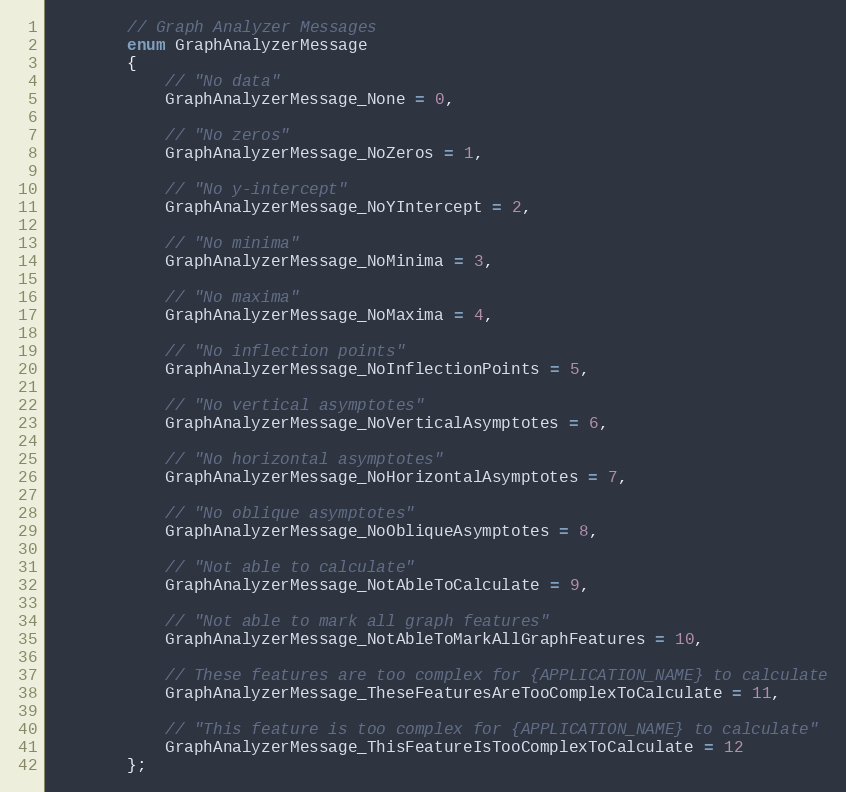
Language: C
        // Graph Analyzer Messages
        enum GraphAnalyzerMessage
        {
            // "No data"
            GraphAnalyzerMessage_None = 0,

            // "No zeros"
            GraphAnalyzerMessage_NoZeros = 1,

            // "No y-intercept"
            GraphAnalyzerMessage_NoYIntercept = 2,

            // "No minima"
            GraphAnalyzerMessage_NoMinima = 3,

            // "No maxima"
            GraphAnalyzerMessage_NoMaxima = 4,

            // "No inflection points"
            GraphAnalyzerMessage_NoInflectionPoints = 5,

            // "No vertical asymptotes"
            GraphAnalyzerMessage_NoVerticalAsymptotes = 6,

            // "No horizontal asymptotes"
            GraphAnalyzerMessage_NoHorizontalAsymptotes = 7,

            // "No oblique asymptotes"
            GraphAnalyzerMessage_NoObliqueAsymptotes = 8,

            // "Not able to calculate"
            GraphAnalyzerMessage_NotAbleToCalculate = 9,

            // "Not able to mark all graph features"
            GraphAnalyzerMessage_NotAbleToMarkAllGraphFeatures = 10,

            // These features are too complex for {APPLICATION_NAME} to calculate
            GraphAnalyzerMessage_TheseFeaturesAreTooComplexToCalculate = 11,

            // "This feature is too complex for {APPLICATION_NAME} to calculate"
            GraphAnalyzerMessage_ThisFeatureIsTooComplexToCalculate = 12
        };